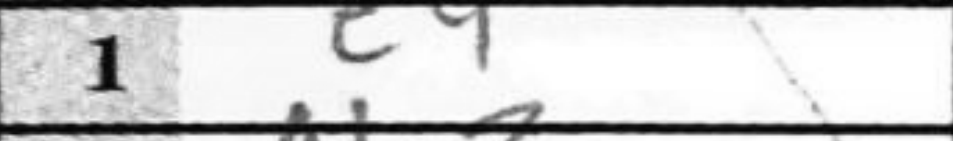
Transcription: e4